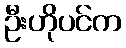
ဦးဟိုပင်က